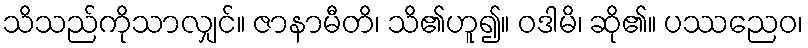
သိသည်ကိုသာလျှင်။ ဇာနာမီတိ၊ သိ၏ဟူ၍။ ဝဒါမိ၊ ဆို၏။ ပဿညေဝ၊